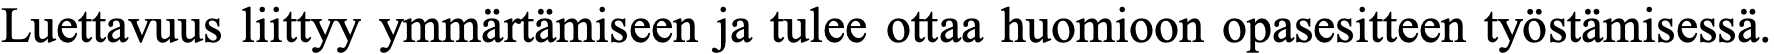
Luettavuus liittyy ymmärtämiseen ja tulee ottaa huomioon opasesitteen työstämisessä.